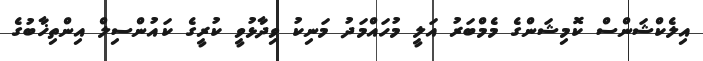
އިލެކްޝަންސް ކޮމިޝަންގެ މެމްބަރު އަލީ މުހައްމަދު މަނިކު ވިދާޅުވީ ކުރީގެ ކައުންސިލް އިންތިޚާބުގެ